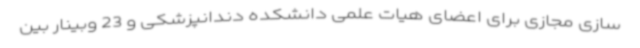
سازی مجازی برای اعضای هیات علمی دانشکده دندانپزشکی و 23 وبینار بین